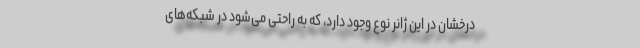
درخشان در این ژانر نوع وجود دارد، که به راحتی می‌شود در شبکه‌های